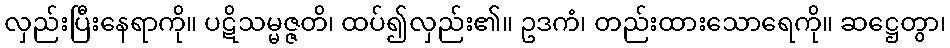
လှည်းပြီးနေရာကို။ ပဋိသမ္မဇ္ဇတိ၊ ထပ်၍လှည်း၏။ ဥဒကံ၊ တည်းထားသောရေကို။ ဆဋ္ဌေတွာ၊